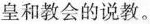
皇和教会的说教。